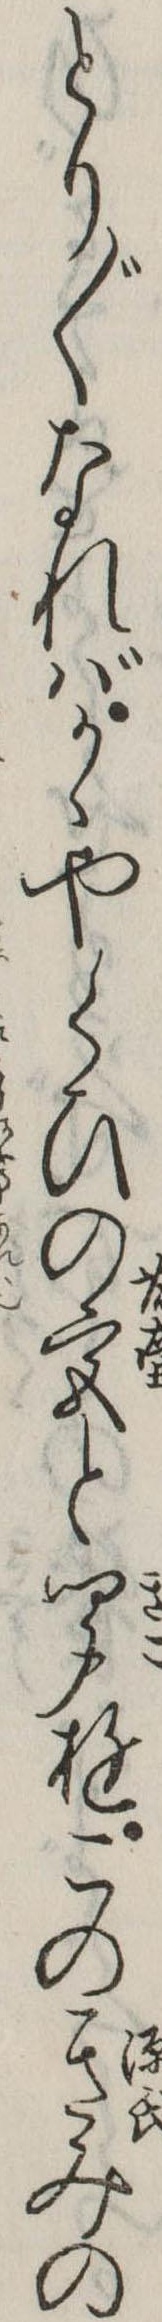
とり〲なればかゝやくひの宮と聞ゆこのきみの